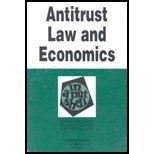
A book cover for Antitrust Law And Economics In A Nutshell [Nutshell Series] by Ernest Gellhorn, William E. Kovacic, Stephen Calkins [West Group,2004] [Paperback] 5TH EDITION; Law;